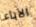
الآباء